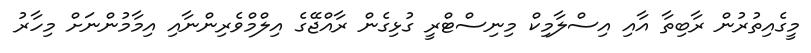
މީގެއިތުރުން ރާބިތާ އާއި އިސްލާމިކް މިނިސްޓްރީ ގުޅިގެން ރާއްޖޭގެ އިލްމްވެރިންނާއި އިމާމުންނަށް މިހާރު